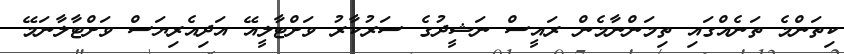
ކިތަންމެ ތަނެއްގައި ތިމަންނާމެން ރައީސް ނަޝީދުގެ ސަރުކާރު ވަށްޓާލީއޭ އަދިއެރިޔަސް ވަށްޓާލާނަމޭ